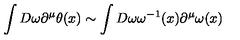
\int D \omega \partial ^ { \mu } \theta ( x ) \sim \int D \omega \omega ^ { - 1 } ( x ) \partial ^ { \mu } \omega ( x )